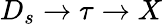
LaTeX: D_{s}\to\tau\to X